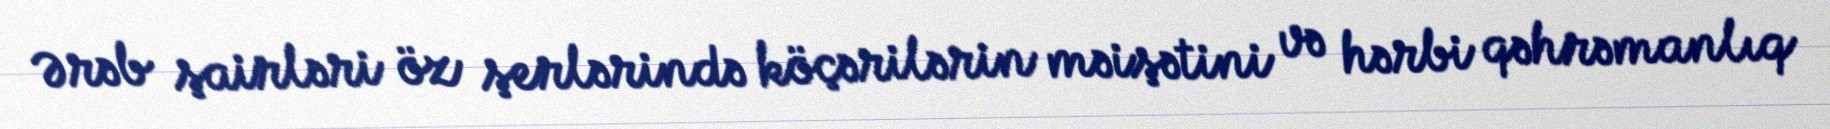
Ərəb şairləri öz şerlərində köçərilərin məişətini və hərbi qəhrəmanlıq